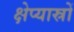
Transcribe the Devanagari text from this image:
क्षेप्यास्रों